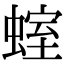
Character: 𧍱